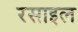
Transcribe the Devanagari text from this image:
रसाइल